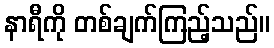
နာရီကို တစ်ချက်ကြည့်သည်။